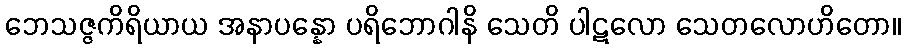
ဘေသဇ္ဇကိရိယာယ အနာပန္နော ပရိဘောဂါနိ သေတိ ပါဋလော သေတလောဟိတော။